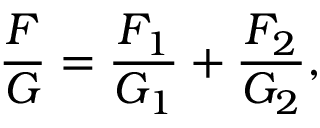
{ \frac { F } { G } } = { \frac { F _ { 1 } } { G _ { 1 } } } + { \frac { F _ { 2 } } { G _ { 2 } } } ,